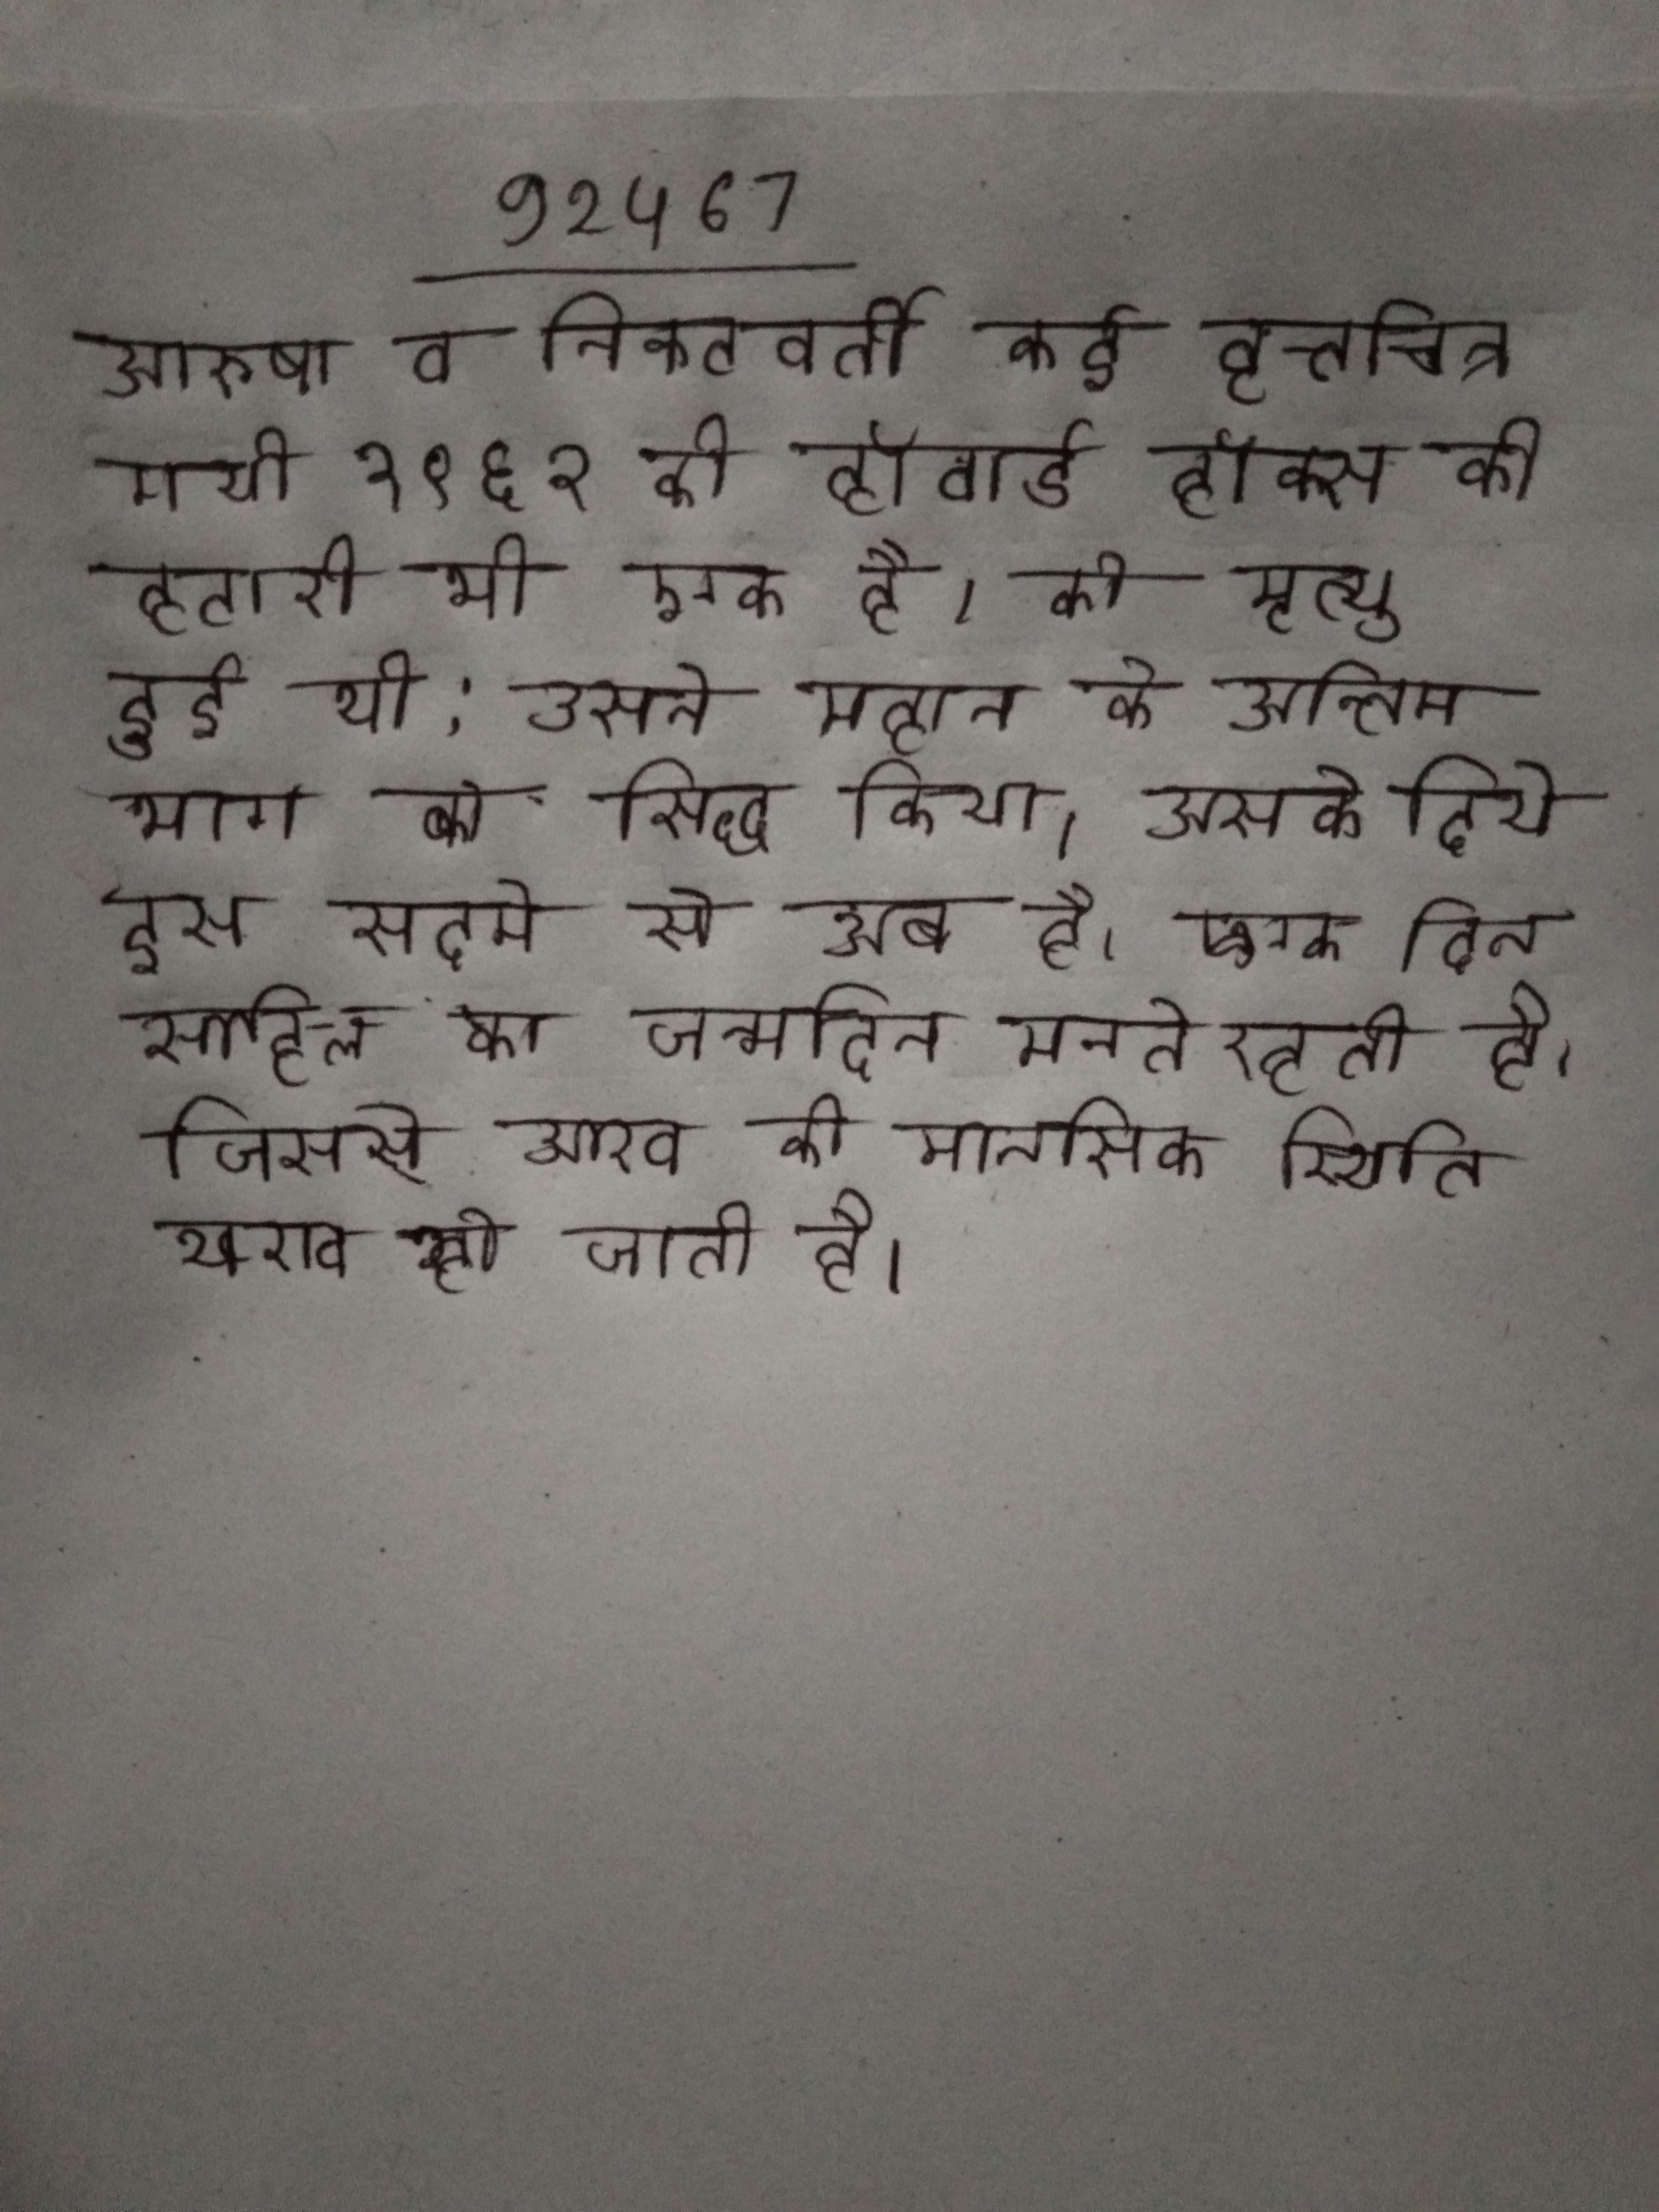
अरुषा व निकटवर्ती कई वृत्तचित्र गयी १९६२ की हॉवार्ड हॉक्स की हटारी भी एक है । की मृत्यु हुई थी;उसने महान के अन्तिम भाग को सिद्ध किया । उसके दिये इस सदमे से अब भी बाहर आए रहती है । एक दिन साहिल का जन्मदिन मनाते रहती है, जिससे आरव की मानसिक स्थिति खराब हो जाती है ।